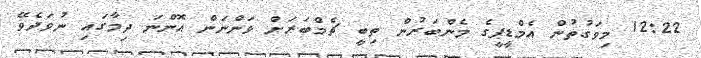
12:22 މިވަގުތުން އެމްޑީޕީގެ މެންބަރުން ތިބީ ޗެމްބަރަށް ވަންނަން އޮންނަ ދިމާގައި ނުވަދެވޭ